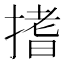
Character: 搘